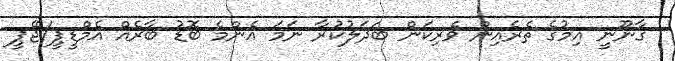
ގާނޫނީ އިމުގެ ތެރެއިން ވެރިކަން ބަދަލުކުރާ ނަމަ އެންމެ ބޮޑު ބާރެއް އެމްޑީޕީ/ޖޭޕީ